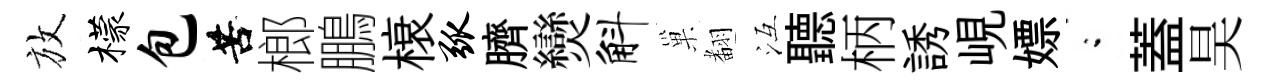
放檬包苦榔鵬榱弧臍𤓖斛巢𮋒冱聽柄誘峴嫖閤蓋昊